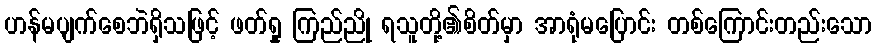
ဟန်မပျက်စေဘဲရှိသဖြင့် ဖတ်ရှု ကြည်ညို ရသူတို့၏စိတ်မှာ အာရုံမပြောင်း တစ်ကြောင်းတည်းသော